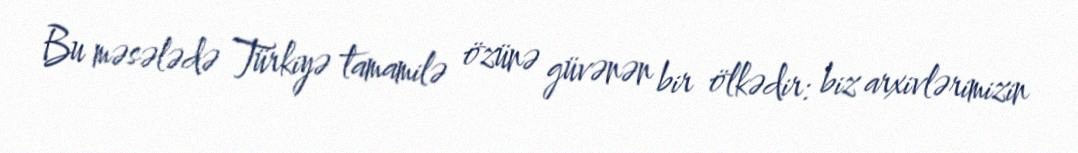
Bu məsələdə Türkiyə tamamilə özünə güvənən bir ölkədir: biz arxivlərimizin